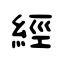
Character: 經